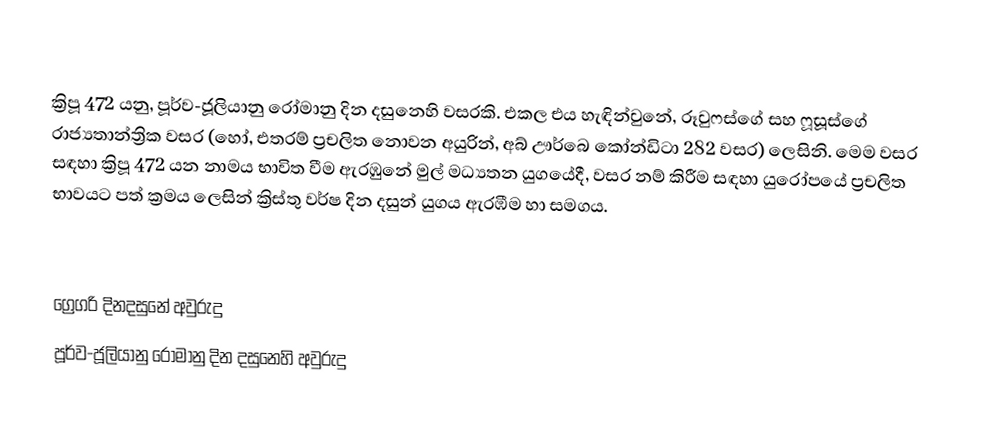

ක්‍රිපූ 472 යනු, පූර්ව-ජූලියානු රෝමානු දින දසුනෙහි වසරකි. එකල එය හැඳින්වුනේ, රූවුෆස්ගේ සහ ෆූසූස්ගේ රාජ්‍යතාන්ත්‍රික වසර (හෝ, එතරම් ප්‍රචලිත නොවන අයුරින්, අබ් ඌර්බෙ කෝන්ඩිටා 282 වසර) ලෙසිනි. මෙම වසර සඳහා ක්‍රිපූ 472 යන නාමය භාවිත වීම ඇරඹුනේ මුල්  මධ්‍යතන යුගයේදී, වසර නම් කිරීම සඳහා යුරෝපයේ ප්‍රචලිත භාවයට පත් ක්‍රමය ලෙසින් ක්‍රිස්තු වර්ෂ දින දසුන් යුගය ඇරඹීම හා සමගය.

ග්‍රෙගරි දිනදසුනේ අවුරුදු
පූර්ව-ජූලියානු රෝමානු දින දසුනෙහි අවුරුදු